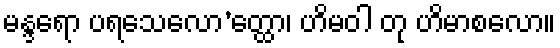
မန္ဒရော ပရသေလော’တ္ထော၊ ဟိမဝါ တု ဟိမာစလော။